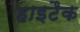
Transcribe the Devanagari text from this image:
हाइटैक